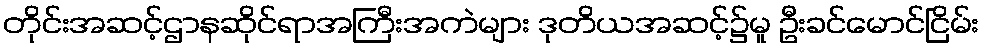
တိုင်းအဆင့်ဌာနဆိုင်ရာအကြီးအကဲများ ဒုတိယအဆင့်၌မူ ဦးခင်မောင်ငြိမ်း